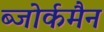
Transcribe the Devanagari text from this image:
ब्जोर्कमैन